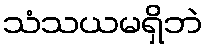
သံသယမရှိဘဲ